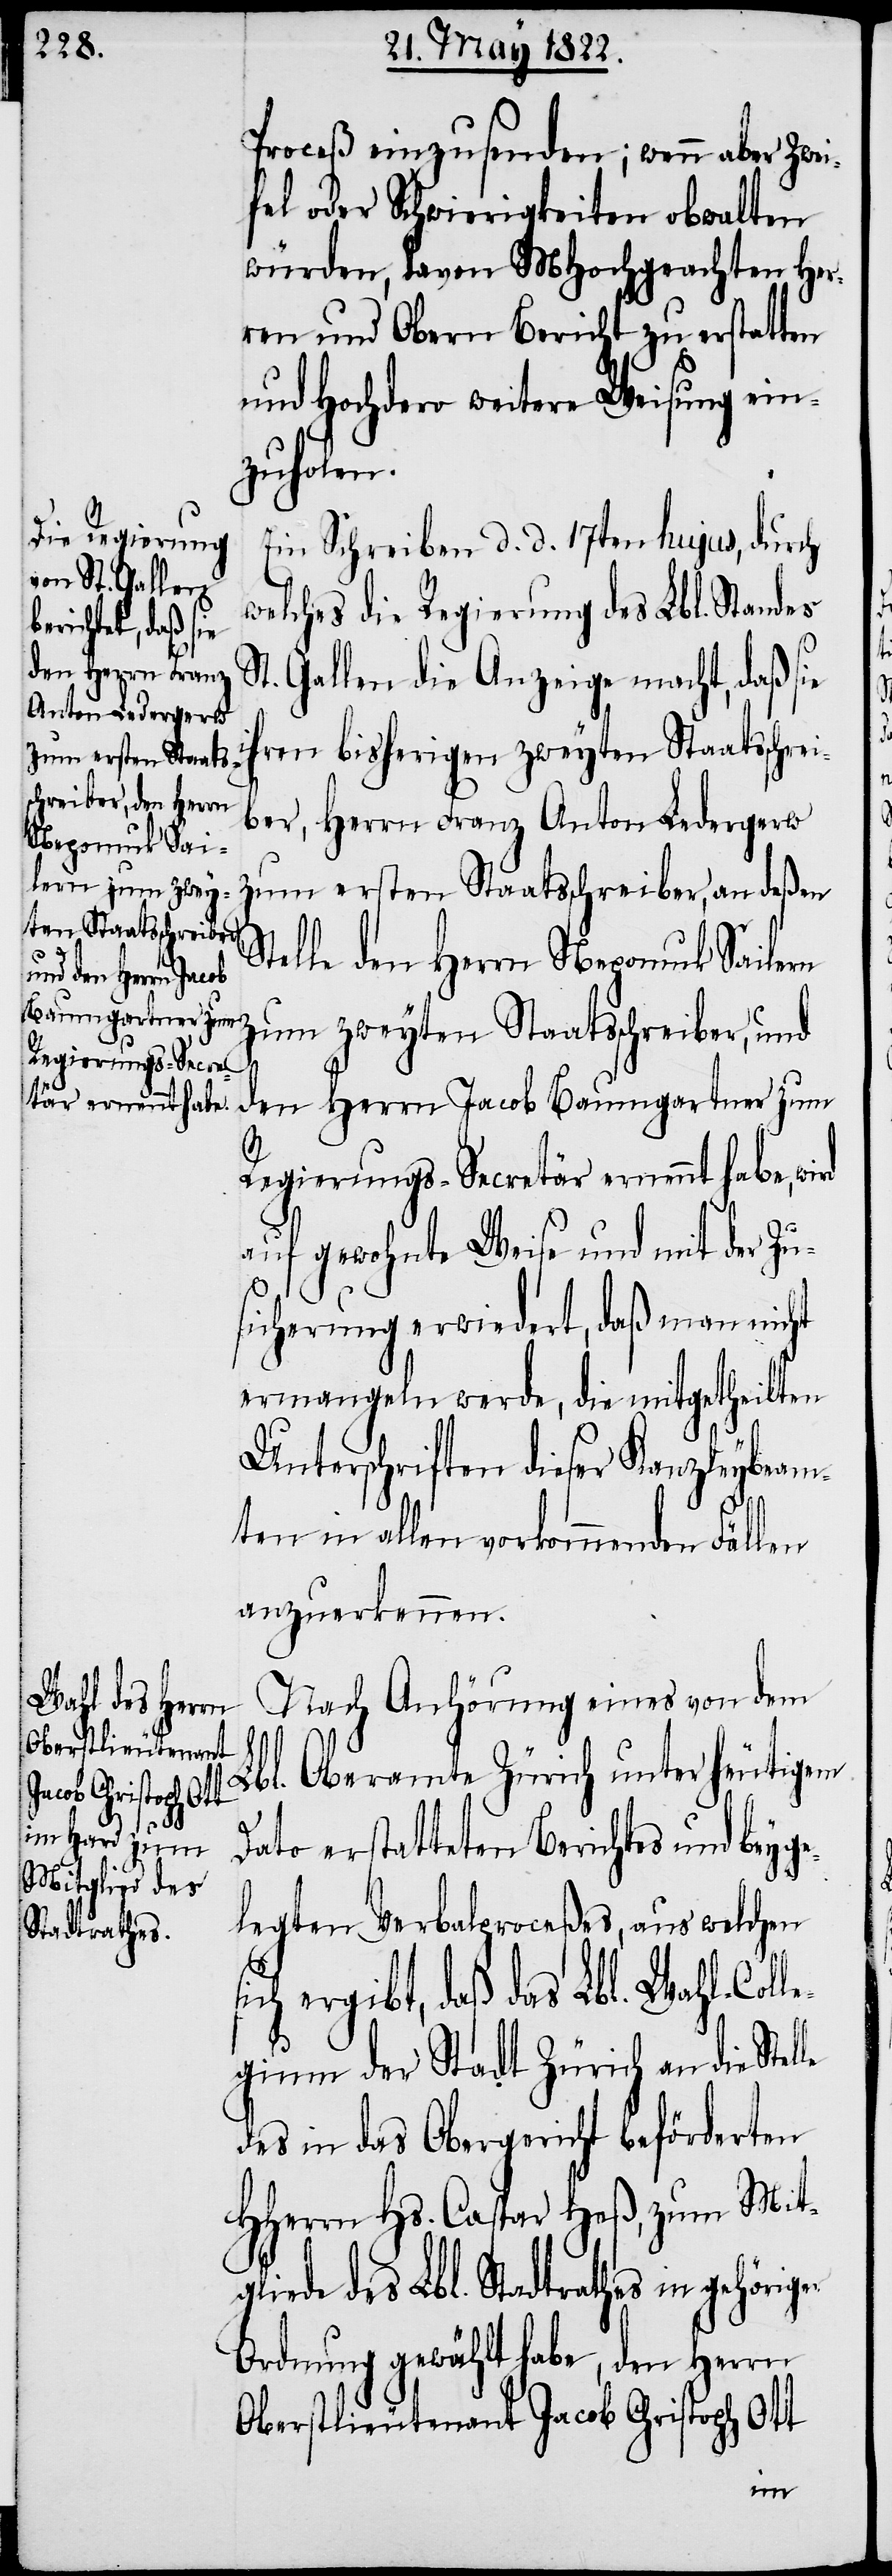
gliede des Lbl.
Stadtrathes

Proceß einzusenden; wenn aber Zwei¬
fel oder Schwierigkeiten obwalten
würden, davon MHochgeachten Her¬
ren und Obern Bericht zu erstatten
und Hochdero weitere Weisung ein¬
zuholen.
Ein Schreiben d. d. 17ten hujus, durch
welches die Regierung des Lbl. Standes
St. Gallen die Anzeige macht, daß sie
hren bisherigen zweyten Staatsschrei¬
ber, Herrn Franz Anton Ledergerw
zum ersten Staatsschreiber, an deßen
Stelle den Herrn Nepomuk Sailern
zum zweyten Staatsschreiber, und
den Herrn Jacob Baumgartner zum
Regierungs-Secretär ernennt habe, wird
auf gewohnte Weise und mit der Zu¬
sicherung erwiedert, das man nicht
ermangeln werde, die mitgetheilten
Unterschriften dieser Kanzleybeam¬
ten in allen vorkommenden Fällen
anzuerkennen.
Nach Anhörung eines von dem
Lbl. Oberamte Zürich unter heutigem
Dato erstatteten Berichtes und beyge¬
legten Verbalproceßes, aus welchen
ich ergibt, daß das Lbl. Wahl-Coll¬
egium der Stadt Zürich an die Stel¬
des in das Obergericht beförderten
HHerrn Hs. Caspar Heß, zum Mit¬
Ordnung gewählt habe, den Herrn
Oberstlieutenant Jacob Christoph Ott
in